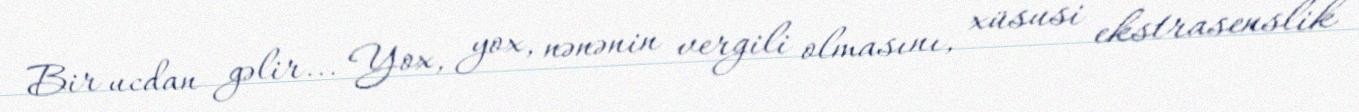
Bir ucdan gəlir... Yox, yox, nənənin vergili olmasını, xüsusi ekstrasenslik